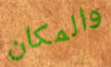
والمكان